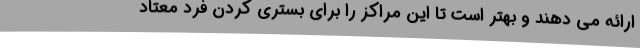
ارائه می دهند و بهتر است تا این مراکز را برای بستری کردن فرد معتاد